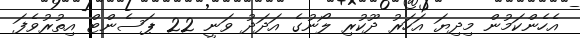
އެހެންކަމުން މިދިޔަ އަހަރު ދޫކުރި ލޯނުގެ އަދަދު ވަނީ 22 ޕަސެންޓް އިތުރުވެފަ